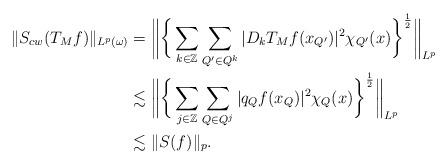
LaTeX: \begin{align*} \|S_{cw}(T_Mf)\|_{L^p(\omega)}&=\bigg\|\bigg\{\sum\limits_{k\in \Bbb Z}\sum\limits_{Q'\in Q^k}|D_kT_{M}f(x_{Q'})|^2\chi_{Q'}(x)\bigg\}^{\frac12}\bigg\|_{L^p}\\ &\lesssim \bigg\|\bigg\{\sum\limits_{j\in \Bbb Z}\sum\limits_{Q\in Q^j}|q_Q f(x_{Q})|^2\chi_{Q}(x)\bigg\}^{\frac12}\bigg\|_{L^p}\\ &\lesssim \|S(f)\|_p. \end{align*}